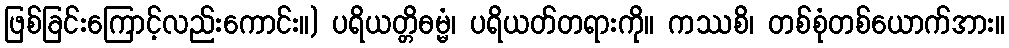
ဖြစ်ခြင်းကြောင့်လည်းကောင်း။) ပရိယတ္တိဓမ္မံ၊ ပရိယတ်တရားကို။ ကဿစိ၊ တစ်စုံတစ်ယောက်အား။